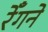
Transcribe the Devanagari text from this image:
रेँगने